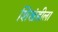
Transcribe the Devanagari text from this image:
शिखंडीला